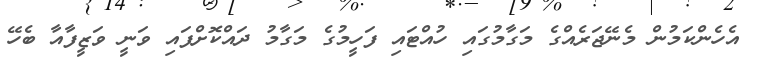
އެހެންކަމުން މެނޭޖަރެއްގެ މަގާމުގައި ހުއްޓައި ފަހީމުގެ މަގާމު ދައްކޮށްފައި ވަނީ ވަޒީފާއާ ބެހޭ